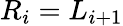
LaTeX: R_{i}=L_{i+1}